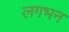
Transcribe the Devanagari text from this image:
लगभन